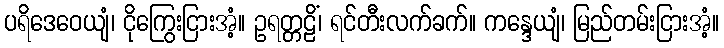
ပရိဒေဝေယျံ၊ ငိုကြွေးငြားအံ့။ ဥရတ္တဠိံ၊ ရင်တီးလက်ခက်။ ကန္ဒေယျံ၊ မြည်တမ်းငြားအံ့။